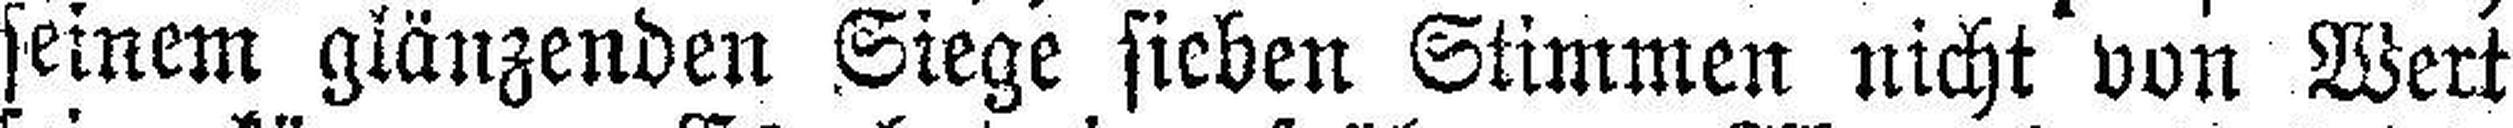
seinem glänzenden Siege sieben Stimmen nicht von Wert